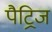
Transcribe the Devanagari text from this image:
पैट्रिज